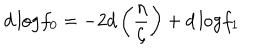
d \, \mathrm { l o g } f _ { 0 } = - 2 d \left( \frac { \eta } { \zeta } \right) + d \, \mathrm { l o g } f _ { 1 }